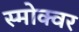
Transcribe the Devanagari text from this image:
स्मोक्वर